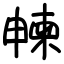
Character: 朄